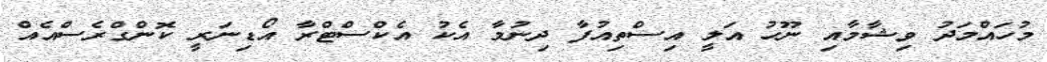
މުހައްމަދު ވިޝާމާއި ނޫހު އަލީ އިސްތިއުފާ ދިނުމާ އެކު އެކްސްޓްރާ އޯޑިނަރީ ކޮންގްރެސްއެއް